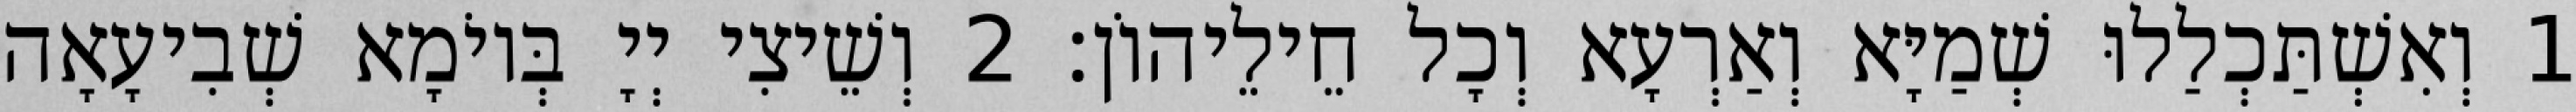
1 וְאִשְׁתַּכְלַלוּ שְׁמַיָּא וְאַרְעָא וְכָל חֵילֵיהוֹן׃ 2 וְשֵׁיצִי יְיָ בְּיוֹמָא שְׁבִיעָאָה